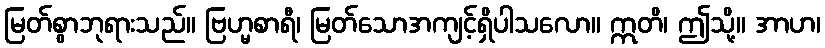
မြတ်စွာဘုရားသည်။ ဗြဟ္မစာရီ၊ မြတ်သောအကျင့်ရှိပါသလော။ ဣတိ၊ ဤသို့။ အာဟ၊